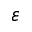
\varepsilon